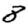
Digit: 8